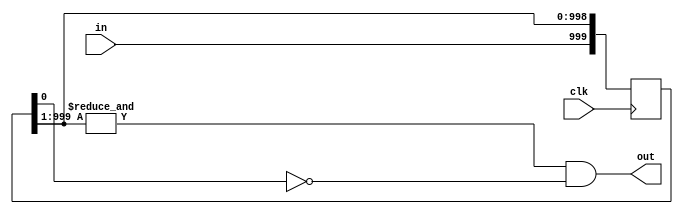
module button(
    input clk,
    input in,
    output out
    );
    
    localparam N = 1000;
    
    reg [N - 1:0] Q_reg, Q_next;
    
    always @(posedge clk)
    begin
        Q_reg <= Q_next;
    end
    
    // Next state logic
    always @(Q_reg, in)
    begin
        // Right shift
        Q_next = {in, Q_reg[N - 1:1]};
    end
    
    // Output logic
    assign out = (&Q_reg[N - 1:1]) & ~Q_reg[0];
endmodule